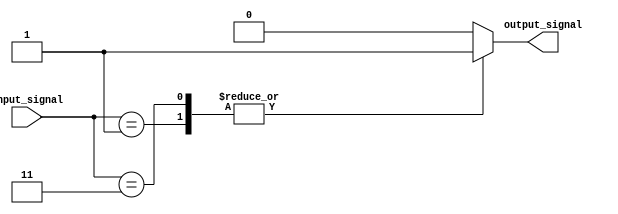
module SimpleCaseStatement (
    input [2:0] input_signal,
    output reg output_signal
);

always @(*)
begin
    case(input_signal)
        3'b000: output_signal = 1'b0;
        3'b001: output_signal = 1'b1;
        3'b010: output_signal = 1'b0;
        3'b011: output_signal = 1'b1;
        default: output_signal = 1'b0;
    endcase
end

endmodule